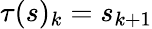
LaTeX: \tau(s)_{k}=s_{k+1}